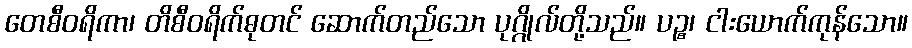
တေစီဝရိကာ၊ တိစီဝရိက်ဓုတင် ဆောက်တည်သော ပုဂ္ဂိုလ်တို့သည်။ ပဉ္စ၊ ငါးယောက်ကုန်သော။